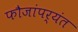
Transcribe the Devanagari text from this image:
फौजांपर्यंत